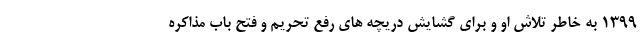
1399 به خاطر تلاش او و برای گشایش دریچه های رفع تحریم و فتح باب مذاکره